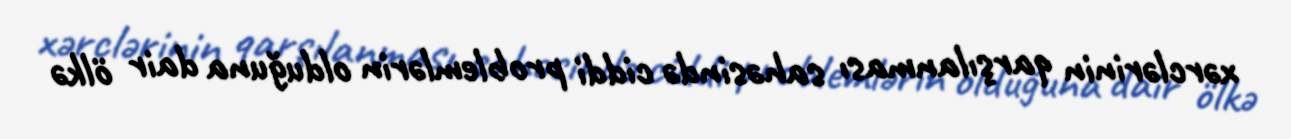
xərclərinin qarşılanması sahəsində ciddi problemlərin olduğuna dair ölkə